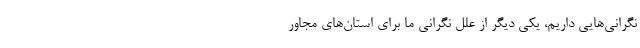
نگرانی‌هایی داریم، یکی دیگر از علل نگرانی ما برای استان‌های مجاور